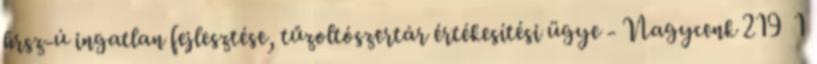
hrsz-ú ingatlan fejlesztése, tűzoltószertár értékesítési ügye - Nagycenk 219 1